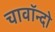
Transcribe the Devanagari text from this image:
चावॉन्दो